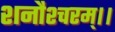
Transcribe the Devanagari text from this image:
शनौश्चरम्।।